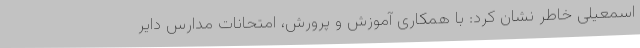
اسمعیلی خاطر نشان کرد: با همکاری آموزش و پرورش، امتحانات مدارس دایر